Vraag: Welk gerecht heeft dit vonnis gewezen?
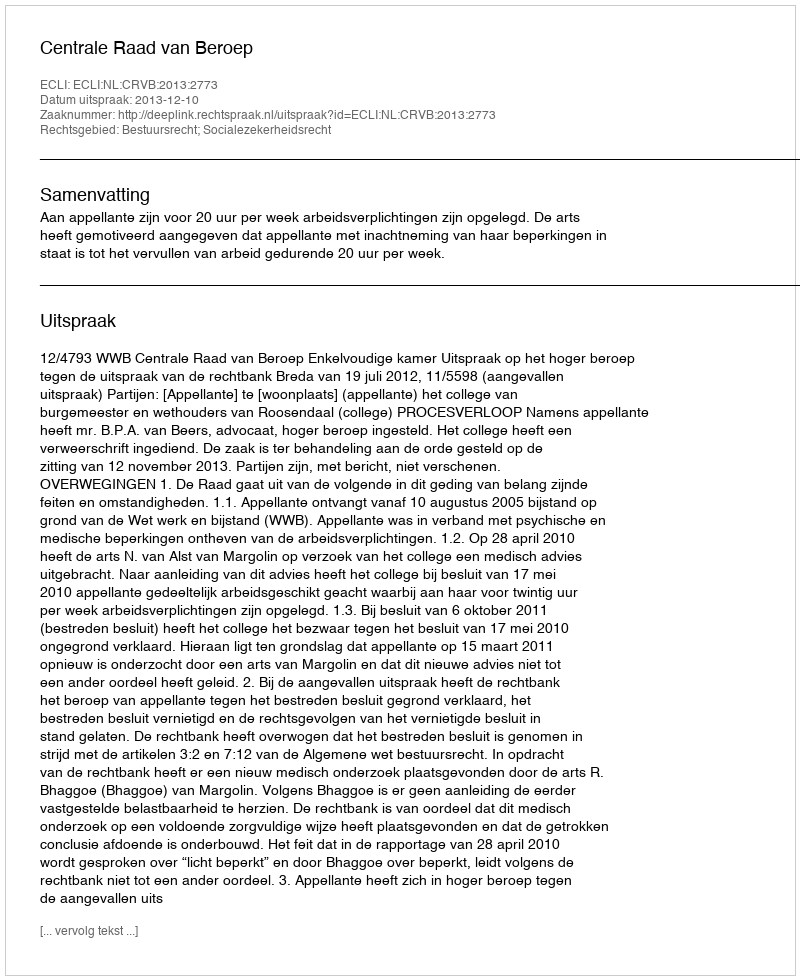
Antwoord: Centrale Raad van Beroep